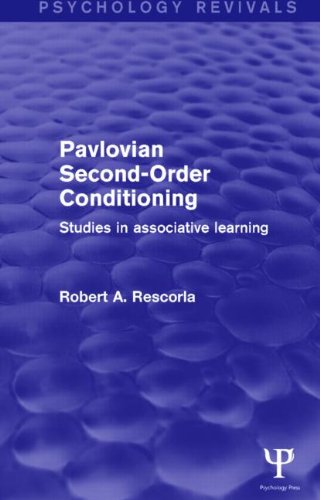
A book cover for Pavlovian Second-order Conditioning: Studies in Associative Learning (Psychology Revivals); Robert A. Rescorla; Medical Books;